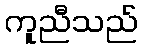
ကူညီသည်